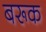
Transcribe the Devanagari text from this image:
बरूक